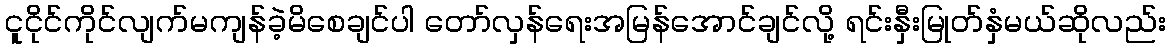
ငူငိုင်ကိုင်လျက်မကျန်ခဲ့မိစေချင်ပါ တော်လှန်ရေးအမြန်အောင်ချင်လို့ ရင်းနှီးမြုတ်နှံမယ်ဆိုလည်း